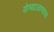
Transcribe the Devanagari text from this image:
येण्याजाण्याचा